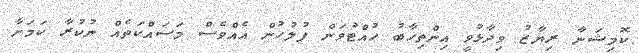
ކޮމިޝަނާ ރިޔާޒު ވިދާޅުވީ އިންތިހާބު ހުއްޓުވަން ފުލުހުން އެއްވެސް މަސައްކަތެއް ނުކުރާ ކަމަށާ